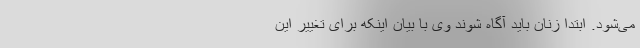
می‌شود. ابتدا زنان باید آگاه شوند وی با بیان اینکه برای تغییر این